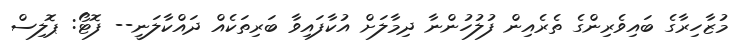
މުޒާހިރާގެ ބައިވެރިންގެ ތެރެއިން ފުލުހުންނާ ދިމާލަށް އުކާފައިވާ ބަރިތަކެއް ދައްކާލަނީ-- ފޮޓޯ: ޕޮލިސް